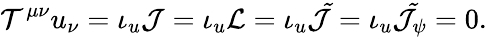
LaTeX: {\cal T}^{\mu\nu}u_{\nu}=\iota_{u}{\cal J}=\iota_{u}{\cal L}=\iota_{u}{\cal\tilde{J}}=\iota_{u}{\cal\tilde{J}_{\psi}}=0.